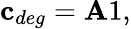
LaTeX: {\mathbf c}_{deg}={\mathbf A1},